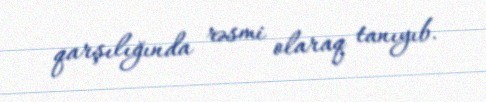
qarşılığında rəsmi olaraq tanıyıb.